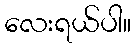
လေးရယ်ပါ။